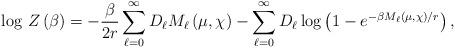
LaTeX: \begin{align*}\log \, Z\left(\beta \right)=-\frac{\beta }{2r}\sum _{\ell =0}^{\infty }D_{\ell }M_{\ell }\left(\mu ,\chi \right)-\sum _{\ell =0}^{\infty }D_{\ell }\log \left(1-e^{-\beta M_{\ell }\left(\mu ,\chi \right)/r}\right),\end{align*}